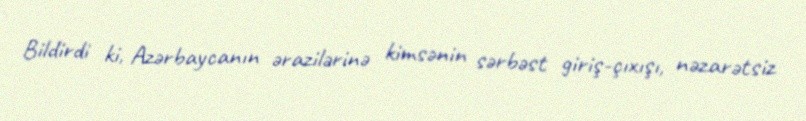
Bildirdi ki, Azərbaycanın ərazilərinə kimsənin sərbəst giriş-çıxışı, nəzarətsiz